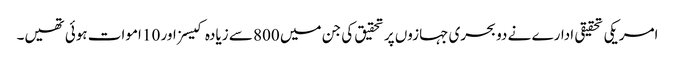
امریکی تحقیقی ادارے نے دو بحری جہازوں پر تحقیق کی جن میں 800 سے زیادہ کیسز اور 10 اموات ہوئی تھیں۔